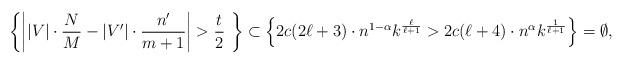
LaTeX: \begin{align*}\left\{\left\vert |V| \cdot \frac{N}{M} - |V'| \cdot \frac{n'}{m+1}\right\vert > \frac{t}{2}~\right\}\subset \left\{ 2c(2\ell+3) \cdot n^{1-\alpha} k^{\frac{\ell}{\ell+1}}>2c(\ell+4)\cdot n^\alpha k^{\frac{1}{\ell+1}}\right\}=\emptyset, \end{align*}